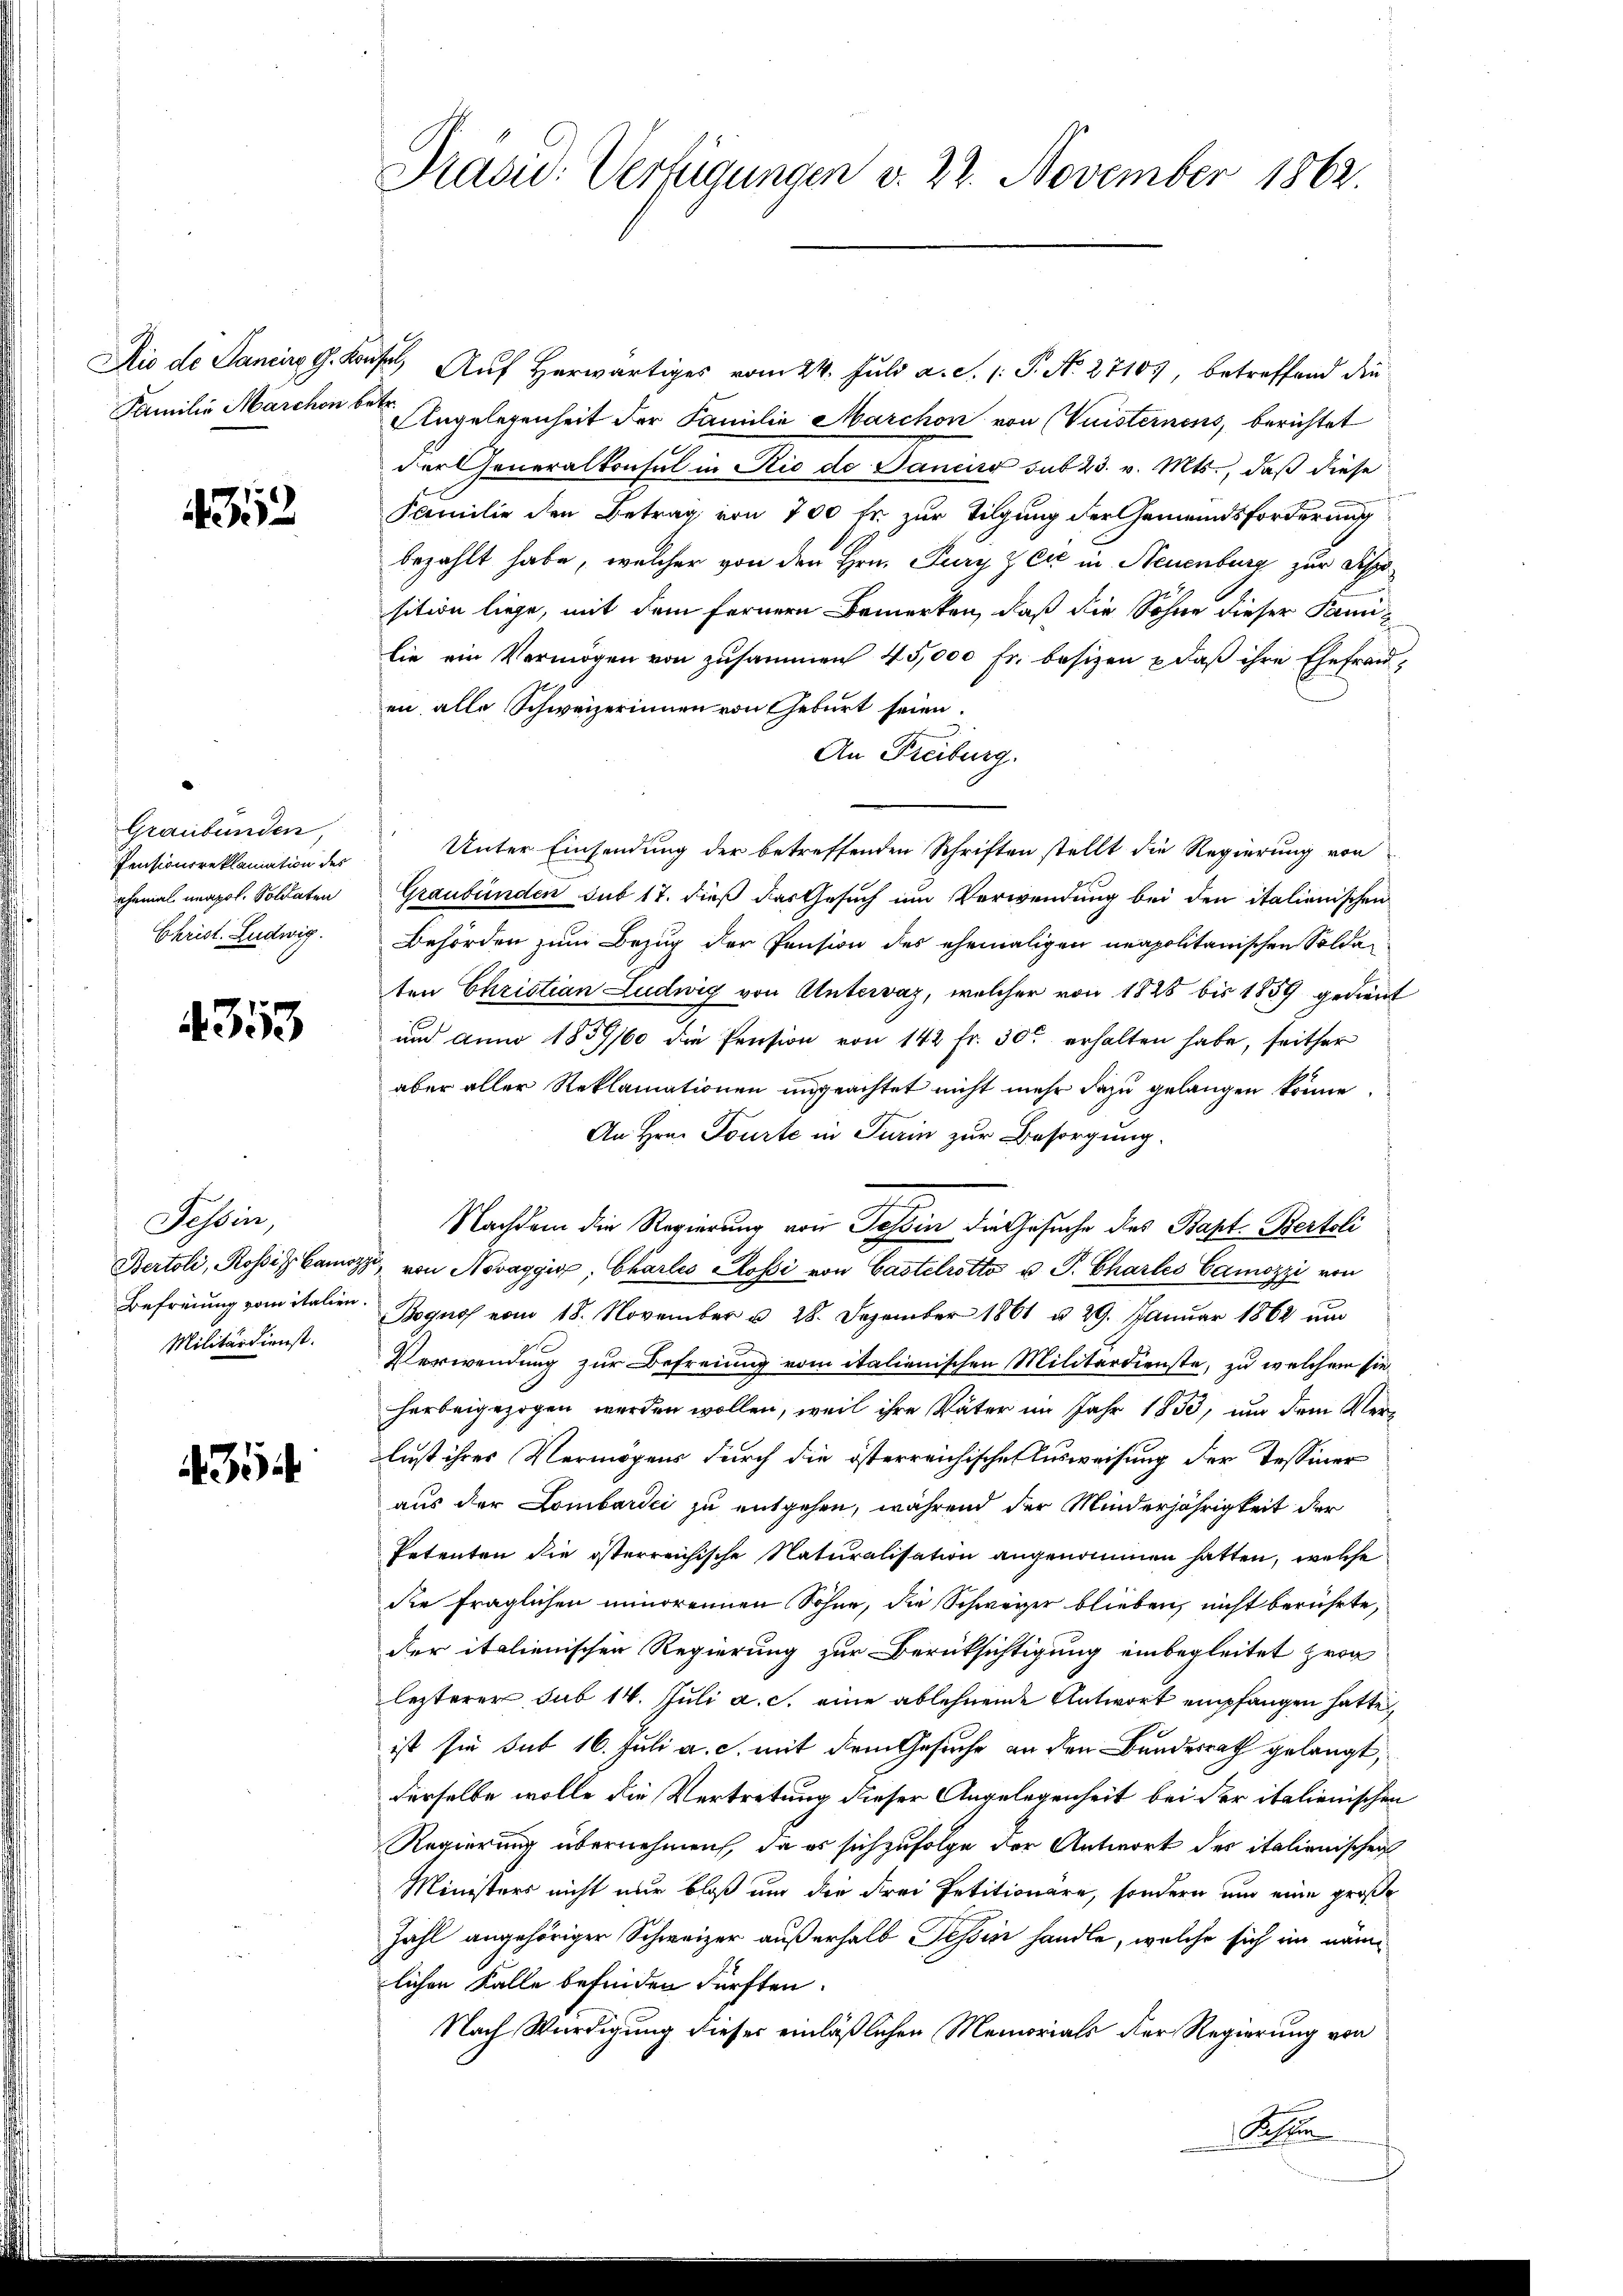
Familie Marchon betr.

1312

Graubünden,
Pensionsreklamation des
ehemal unapol. Soldaten
Christ. Ludwig

4353

Tessin,
Militärdienst.

35

Präsid. Verfügungen v. 22. November 1862.

Die de Janein G. Kaufel, Auf Herwärtiges vom 24. Juli a. S. 1: P. No. 27107, betreffend die
Angelegenheit der Familie Marchon von (Vuisternens, berichtet
der Generalkonsul in Rio de Dancise sub 23. v. Mts., daß diese
Familie den Betrag von 700 fr zur Tilgung der Gemeindsforderung
bezahlt habe, welcher von den Hrn. Jury & Cie in Neuenburg zur Disposition liege, mit dem fernern Bemerken, daß die Sohne dieser Panilie ein Vermögen von zusammen 45,000 Fr. besizen & daß ihre Ehefranen alle Schweizerinnen von Geburt seien.
An Freiburg.
Unter Einsendung der betreffenden Schriften stellt die Regierung von
Graubünden sub 17. dieß das Gesuch um Verwendung bei den italienischen
Behörden zum Bezug der Pension des ehemaligen neapolitarischen Soldaten Christian Ludwig von Antervaz, welcher von 1825 bis 1859 gedient
und anno 1859/60 die Pension von 142 fr. 300 erhalten habe, seither
aber aller Reklamationen ungeachtet nicht mehr dazu gelangen könne.
An Hrn. Tourte in Turin zur Besorgung.
Nachdem die Regierung von Tessin die Gesuche des Bapt. Bertoli
Bertoli, Rossin Camp von Novaggis, Charlis Rossi von Castelrotto u. P. Charlei Camozzi von
Befreiung von italien. Begno vom 18. November u. 28. Dezember 1861 u 29. Januar 1862 um
Verwendung zur Befreiung vom italienischen Militärdienste, zu welchem sie
harbeigezogen werden wollen, weil ihre Väter im Jahr 1853, und dem Verlust ihres Vermögens durch die österreichische Ausweisung der Tessiner
aus der Lombardii zu entgehen, während der Minderjährigkeit der
Petenten die österreichische Naturalisation angenommen hatten, welche
die fraglichen minorennen Söhne, die Schweizer blieben, nicht berührte,
der italienischen Regierung zur Berüksichtigung einbegleitet zwar
lezterer sub 14. Juli a. c. eine ablehnende Antwort empfangen hatte,
ist sie sub 16. Juli a. c. mit dem Gesuche an den Bundesrath gelangt,
derselbe wolle die Vertretung dieser Angelegenheit bei der italienischen
Regierung übernehmen, da es sich zufolge der Antwort des italienischen
Ministers nicht nur bloß und die Frei Petitionäre, sondern und eine große
Zahl angehöriger Schweizer außerhalb Tessin handle, welche sich im nämlichen Kalle befinden dürften.
Nach Würdigung dieser einläßlichen Memorials der Regierung von
Schen